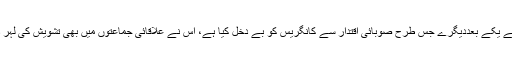
بی جے پی نے یکے بعددیگرے جس طرح صوبائی اقتدار سے کانگریس کو بے دخل کیا ہے، اس نے علاقائی جماعتوں میں بھی تشویش کی لہر دوڑا دی ہے۔